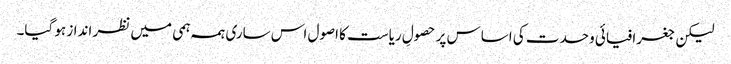
لیکن جغرافیائی وحدت کی اساس پر حصولِ ریاست کا اصول اس ساری ہمہ ہمی میں نظر انداز ہو گیا۔